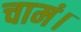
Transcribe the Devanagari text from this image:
चामं।